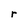
Character: r